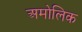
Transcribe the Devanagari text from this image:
अमोलिक